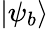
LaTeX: |\psi_{b}\rangle